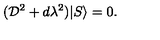
( { \cal D } ^ { 2 } + d \lambda ^ { 2 } ) | S \rangle = 0 .